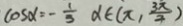
\cos \alpha = - \frac { 1 } { 3 } d \in ( \pi , \frac { 3 \pi } { 4 } )